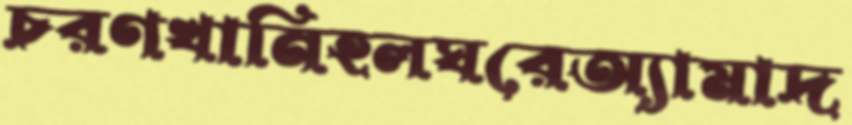
চরণখানিহলঘরেঅ্যামাদ